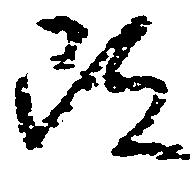
改